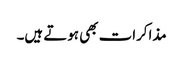
مذاکرات بھی ہوتے ہیں۔